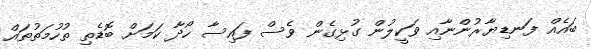
ބައެއް ފަނޑިޔާރުންނާއި ވަކީލުން ގުޅިގެން ވެސް ފައިސާ ހޯދާ ކަމަށް ބޮޑެތި ތުހުމަތުތައް